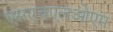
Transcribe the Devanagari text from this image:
एसएचएलओएम